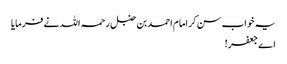
یہ خواب سن کر امام احمد بن حنبل رحمہ اللہ نے فرمایا
اے جعفر!